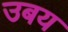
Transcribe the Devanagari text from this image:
उबय